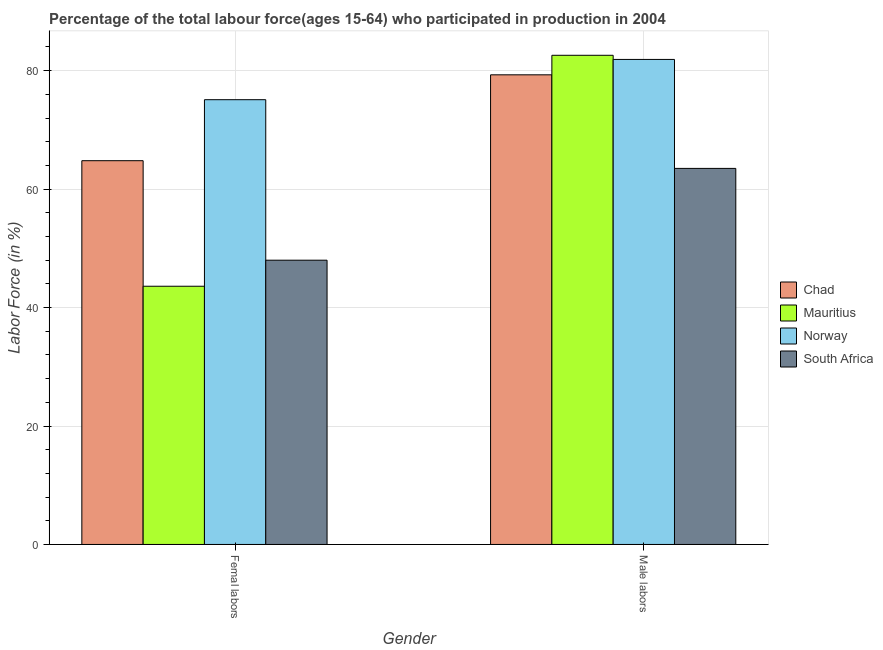
| Gender | Chad | Mauritius | Norway | South Africa |
 | --- | --- | --- | --- | --- |
 | Femal labors | 64.8 | 43.6 | 75.1 | 48 |
 | Male labors | 79.3 | 82.6 | 81.9 | 63.5 |